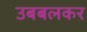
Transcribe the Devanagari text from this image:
उबबलकर